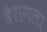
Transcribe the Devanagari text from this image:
वैरागला